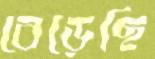
বেড়েছি